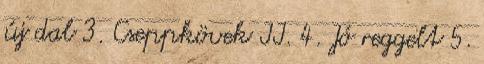
új dal 3. Cseppkövek II. 4. Jó reggelt 5.